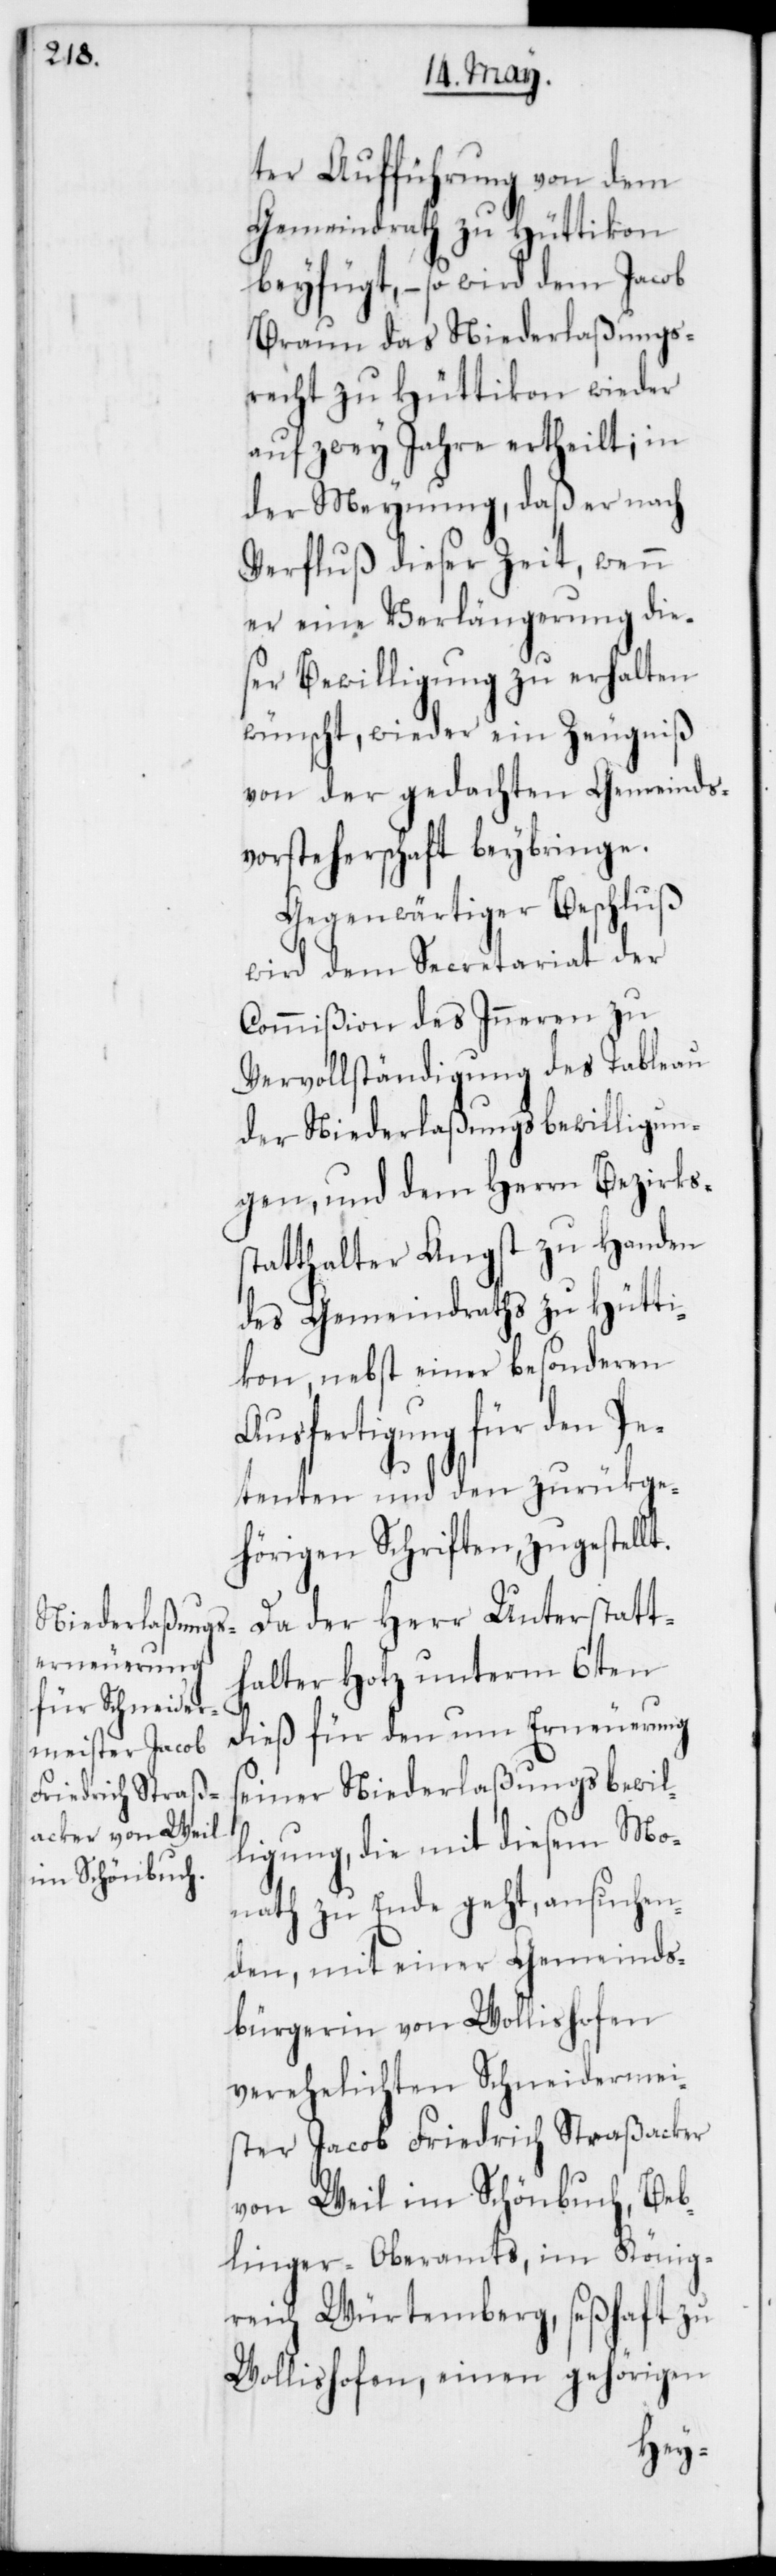
ter Aufführung von dem
Gemeindrath zu Hüttikon
beyfügt, – so wird dem Jacob
Braun das Niederlaßungs¬
recht zu Hüttikon wieder
auf zwey Jahre ertheilt, in
der Meynung, daß er nach
Verfluß dieser Zeit, wenn
er eine Verlängerung die¬
ser Bewilligung zu erhalten
wünscht, wieder ein Zeugniß
von der gedachten Gemeinds¬
vorsteherschaft beybringe.
Gegenwärtiger Beschluß
wird dem Secretariat der
Commißion des Inneren zu
Vervollständigung des Tableau
der Niederlaßungsbewilligun¬
gen, und dem Herrn Bezirks¬
statthalter Angst zu Handen
des Gemeindraths zu Hütti¬
kon, nebst einer besonderen
Ausfertigung für den Pe¬
tenten und den zurückge¬
hörigen Schriften, zugestellt.
Da der Herr Unterstatt¬
halter Hotz unterm 6ten
dieß für den um Erneuerung
seiner Niederlaßungsbewil¬
ligung, die mit diesem Mo¬
nath zu Ende geht, ansuchen¬
den, mit einer Gemeinds¬
bürgerin von Wollishofen
verehelichten Schneidermei¬
ster Jacob Friedrich Straßacker
von Weil im Schönbuch, Beb¬
linger-Oberamts, im König¬
reich Würtemberg, seßhaft zu
Wollishofen, einen gehörigen